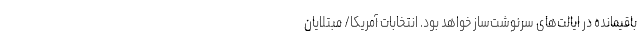
باقیمانده در ایالت‌های سرنوشت‌ساز خواهد بود. انتخابات آمریکا/ مبتلایان